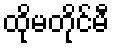
ထိုမတိုင်မီ